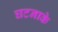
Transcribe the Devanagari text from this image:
घटनाके